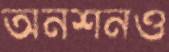
অনশনও